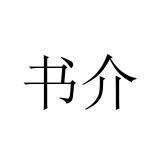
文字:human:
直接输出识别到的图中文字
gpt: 书介